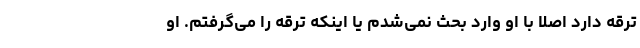
ترقه دارد اصلا با او وارد بحث نمی‌شدم یا اینکه ترقه را می‌گرفتم. او